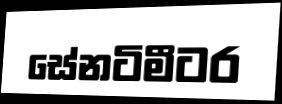
සේනටිමීටර